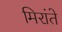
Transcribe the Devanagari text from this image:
मिरांते